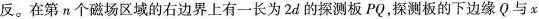
反。在第n个磁场区域的右边界上有一长为2d的探测板PQ，探测板的下边缘(Q与x